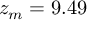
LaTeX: z _ { m } = 9 . 4 9